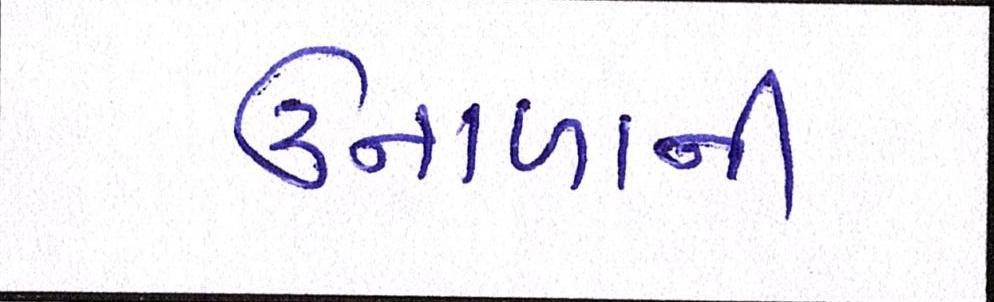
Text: ઉનાળાની